Leprosy in India: report of the Leprosy Commission in India, 1890-91
Year: 1890
Disease focus: Leprosy
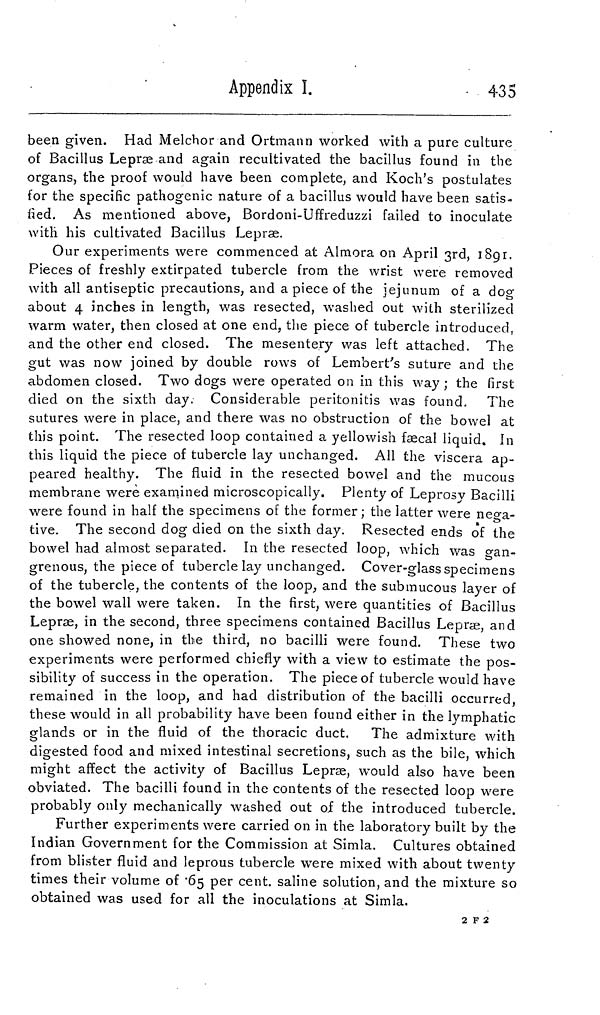
Appendix I.
435
been given. Had Melchor and Ortmann worked with a pure culture
of Bacillus Lepræ and again recultivated the bacillus found in the
organs, the proof would have been complete, and Koch's postulates
for the specific pathogenic nature of a bacillus would have been satis-
fied. As mentioned above, Bordoni-Uffreduzzi failed to inoculate
with his cultivated Bacillus Lepræ.
Our experiments were commenced at Almora on April 3rd, 1891.
Pieces of freshly extirpated tubercle from the wrist were removed
with all antiseptic precautions, and a piece of the jejunum of a dog
about 4 inches in length, was resected, washed out with sterilized
warm water, then closed at one end, the piece of tubercle introduced,
and the other end closed. The mesentery was left attached. The
gut was now joined by double rows of Lembert's suture and the
abdomen closed. Two dogs were operated on in this way ; the first
died on the sixth day. Considerable peritonitis was found. The
sutures were in place, and there was no obstruction of the bowel at
this point. The resected loop contained a yellowish faecal liquid. In
this liquid the piece of tubercle lay unchanged. All the viscera ap-
peared healthy. The fluid in the resected bowel and the mucous
membrane were examined microscopically. Plenty of Leprosy Bacilli
were found in half the specimens of the former; the latter were nega-
tive. The second dog died on the sixth day. Resected ends of the
bowel had almost separated. In the resected loop, which was gan-
grenous, the piece of tubercle lay unchanged. Cover-glass specimens
of the tubercle, the contents of the loop, and the submucous layer of
the bowel wall were taken. In the first, were quantities of Bacillus
Lepræ, in the second, three specimens contained Bacillus Lepræ, and
one showed none, in the third, no bacilli were found. These two
experiments were performed chiefly with a view to estimate the pos-
sibility of success in the operation. The piece of tubercle would have
remained in the loop, and had distribution of the bacilli occurred
these would in all probability have been found either in the lymphatic
glands or in the fluid of the thoracic duct. The admixture with
digested food and mixed intestinal secretions, such as the bile, which
might affect the activity of Bacillus Lepræ, would also have been
obviated. The bacilli found in the contents of the resected loop were
probably only mechanically washed out of the introduced tubercle.
Further experiments were carried on in the laboratory built by the
Indian Government for the Commission at Simla. Cultures obtained
from blister fluid and leprous tubercle were mixed with about twenty
times their volume of .65 per cent. saline solution, and the mixture so
obtained was used for all the inoculations at Simla.
2 F 2